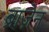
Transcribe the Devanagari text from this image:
ब्राज़ेन